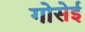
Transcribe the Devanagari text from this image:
गोसेई